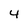
Character: 4